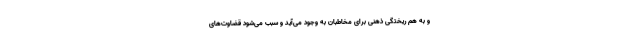
و به هم ریختگی ذهنی برای مخاطبان به وجود می‌آید و سبب می‌شود قضاوت‌های